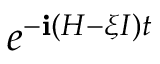
e ^ { - \mathbf { i } ( H - \xi I ) t }